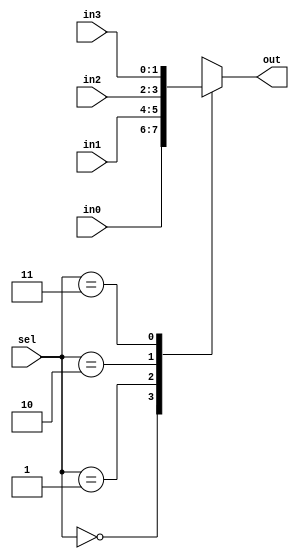
`timescale 1ns / 1ps
//////////////////////////////////////////////////////////////////////////////////
// Company: 
// Engineer: 
// 
// Design Name: 
// Module Name: Mux4
// Project Name: 
// Target Devices: 
// Tool Versions: 
// Description: 
// 
// Dependencies: 
// 
// Revision:
// Revision 0.01 - File Created
// Additional Comments:
// 
//////////////////////////////////////////////////////////////////////////////////


module Mux4(

    input [1:0] in0,
    input [1:0] in1,
    input [1:0] in2,
    input [1:0] in3,
    input [1:0] sel,
    output reg [1:0] out

    );
    
    always @(*)
    begin
    
        case(sel)
            0: out = in0;
            1: out = in1;
            2: out = in2;
            3: out = in3;
        endcase
    
    end
    
endmodule